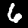
Digit: 6